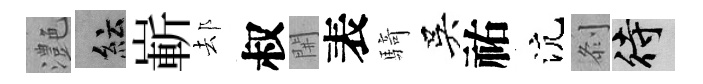
灔紜嶄𨚫叔𨳩表騎吳祐沆𠛴待